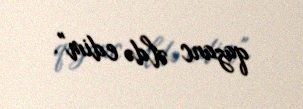
qazanc əldə edim".